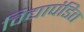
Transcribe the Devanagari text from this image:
विद्यापंडित